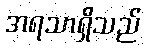
အရသာရှိသည်